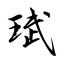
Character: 珷